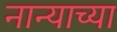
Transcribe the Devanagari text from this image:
नान्याच्या